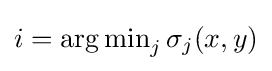
i=\operatorname {arg\min } _{j}\sigma _{j}(x,y)